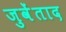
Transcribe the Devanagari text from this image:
जुवेंताद